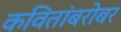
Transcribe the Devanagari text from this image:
कवितांबरोबर